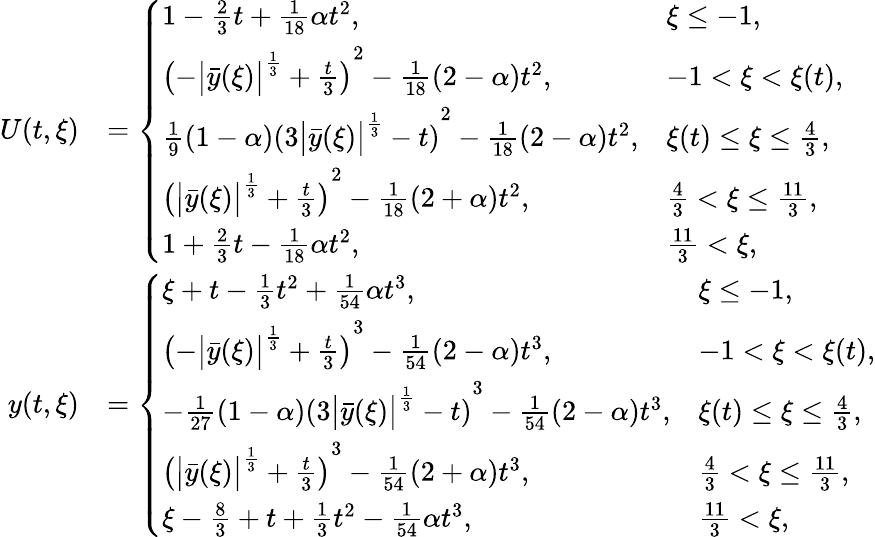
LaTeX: \begin{array}{rl}{U(t,\xi)}&{=\left\{ \begin{array}{ll}{1-\frac 23t+\frac{1}{18}\alpha t^{2},}&{\xi\leq-1,}\\ {\left(-\bigl|\bar{y}(\xi)\bigr|^{\frac{1}{3}}+\frac{t}{3}\right)^{2}-\frac{1}{18}\left(2-\alpha\right)t^{2},}&{-1<\xi<\xi(t),}\\ {\frac{1}{9}(1-\alpha)\left(3\bigl|\bar{y}(\xi)\bigr|^{\frac{1}{3}}-t\right)^{2}-\frac{1}{18}(2-\alpha)t^{2},}&{\xi(t)\leq\xi\leq\frac{4}{3},}\\ {\left(\bigl|\bar{y}(\xi)\bigr|^{\frac{1}{3}}+\frac{t}{3}\right)^{2}-\frac{1}{18}\left(2+\alpha\right)t^{2},}&{\frac{4}{3}<\xi\leq\frac{11}{3},}\\ {1+\frac 23t-\frac{1}{18}\alpha t^{2},}&{\frac{11}{3}<\xi,}\end{array}\right.}\\ {y(t,\xi)}&{=\left\{ \begin{array}{ll}{\xi+t-\frac 13t^{2}+\frac{1}{54}\alpha t^{3},}&{\xi\leq-1,}\\ {\left(-\bigl|\bar{y}(\xi)\bigr|^{\frac{1}{3}}+\frac{t}{3}\right)^{3}-\frac{1}{54}\left(2-\alpha\right)t^{3},}&{-1<\xi<\xi(t),}\\ {-\frac{1}{27}\left(1-\alpha\right)\left(3\bigl|\bar{y}(\xi)\bigr|^{\frac{1}{3}}-t\right)^{3}-\frac{1}{54}(2-\alpha)t^{3},}&{\xi(t)\leq\xi\leq\frac{4}{3},}\\ {\left(\bigl|\bar{y}(\xi)\bigr|^{\frac{1}{3}}+\frac{t}{3}\right)^{3}-\frac{1}{54}(2+\alpha)t^{3},}&{\frac{4}{3}<\xi\leq\frac{11}{3},}\\ {\xi-\frac 83+t+\frac 13t^{2}-\frac{1}{54}\alpha t^{3},}&{\frac{11}{3}<\xi,}\end{array}\right.}\end{array}